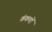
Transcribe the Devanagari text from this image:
कंकणों